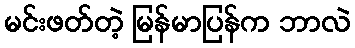
မင်းဖတ်တဲ့ မြန်မာပြန်က ဘာလဲ